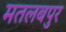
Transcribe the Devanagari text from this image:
मतलबपुर